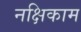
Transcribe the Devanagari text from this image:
नक्षिकाम